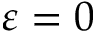
\varepsilon = 0